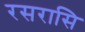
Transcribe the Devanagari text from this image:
रसरासि